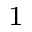
^ 1